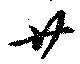
廿